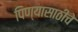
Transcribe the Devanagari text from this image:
पिण्यासाठीचे